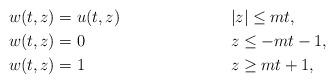
LaTeX: \begin{align*}w(t,z) &= u(t,z) && |z| \leq m t, \\w(t,z) &= 0 && z \leq -m t -1, \\w(t,z) &=1 && z \geq m t +1,\end{align*}